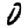
Digit: 0